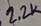
Text: 2.2K